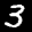
Label: 3